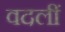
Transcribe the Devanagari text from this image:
वदलीं